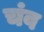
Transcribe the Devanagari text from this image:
चंव